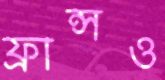
ফ্রান্সও